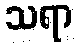
သရာ